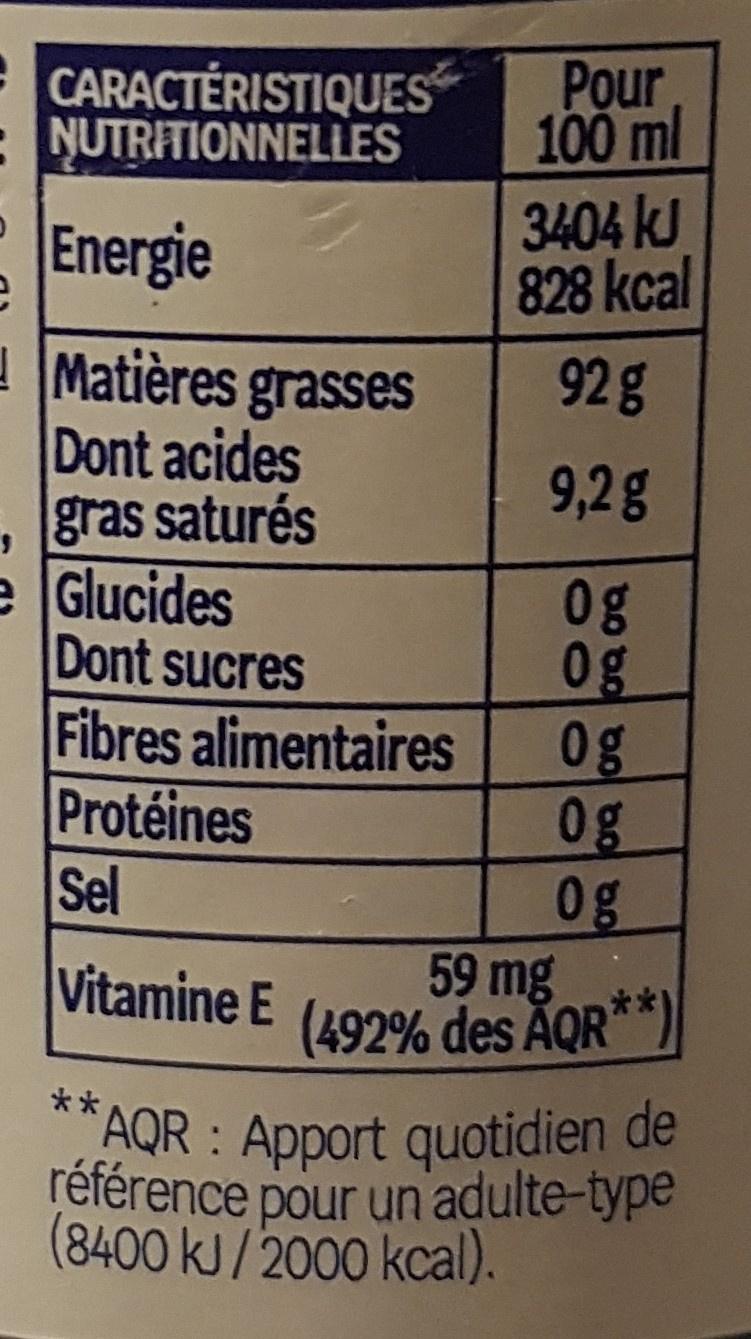
Pour 100 ml 3404 kJ 828 kcal
CARACTÉRISTIQUES NUTRITIONNELLES
Energie
Matières grasses Dont acides gras saturés e Glucides Dont sucres Fibres alimentaires Protéines Sel
92g
9,2g
0g 0g 0g 0g 59 mg (492% des AQR**)
Vitamine E
**AQR : Apport quotidien de référence pour un'adulte-type (8400 kJ/2000 kcal).
bo bo bol bo